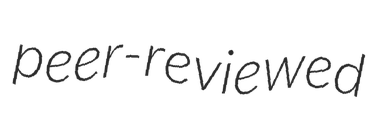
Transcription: peer-reviewed